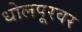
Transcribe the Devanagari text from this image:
धोलपूरवर